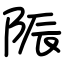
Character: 陙